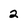
Character: 2